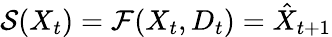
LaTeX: \mathcal{S}(X_{t})=\mathcal{F}(X_{t},D_{t})=\hat{X}_{t+1}